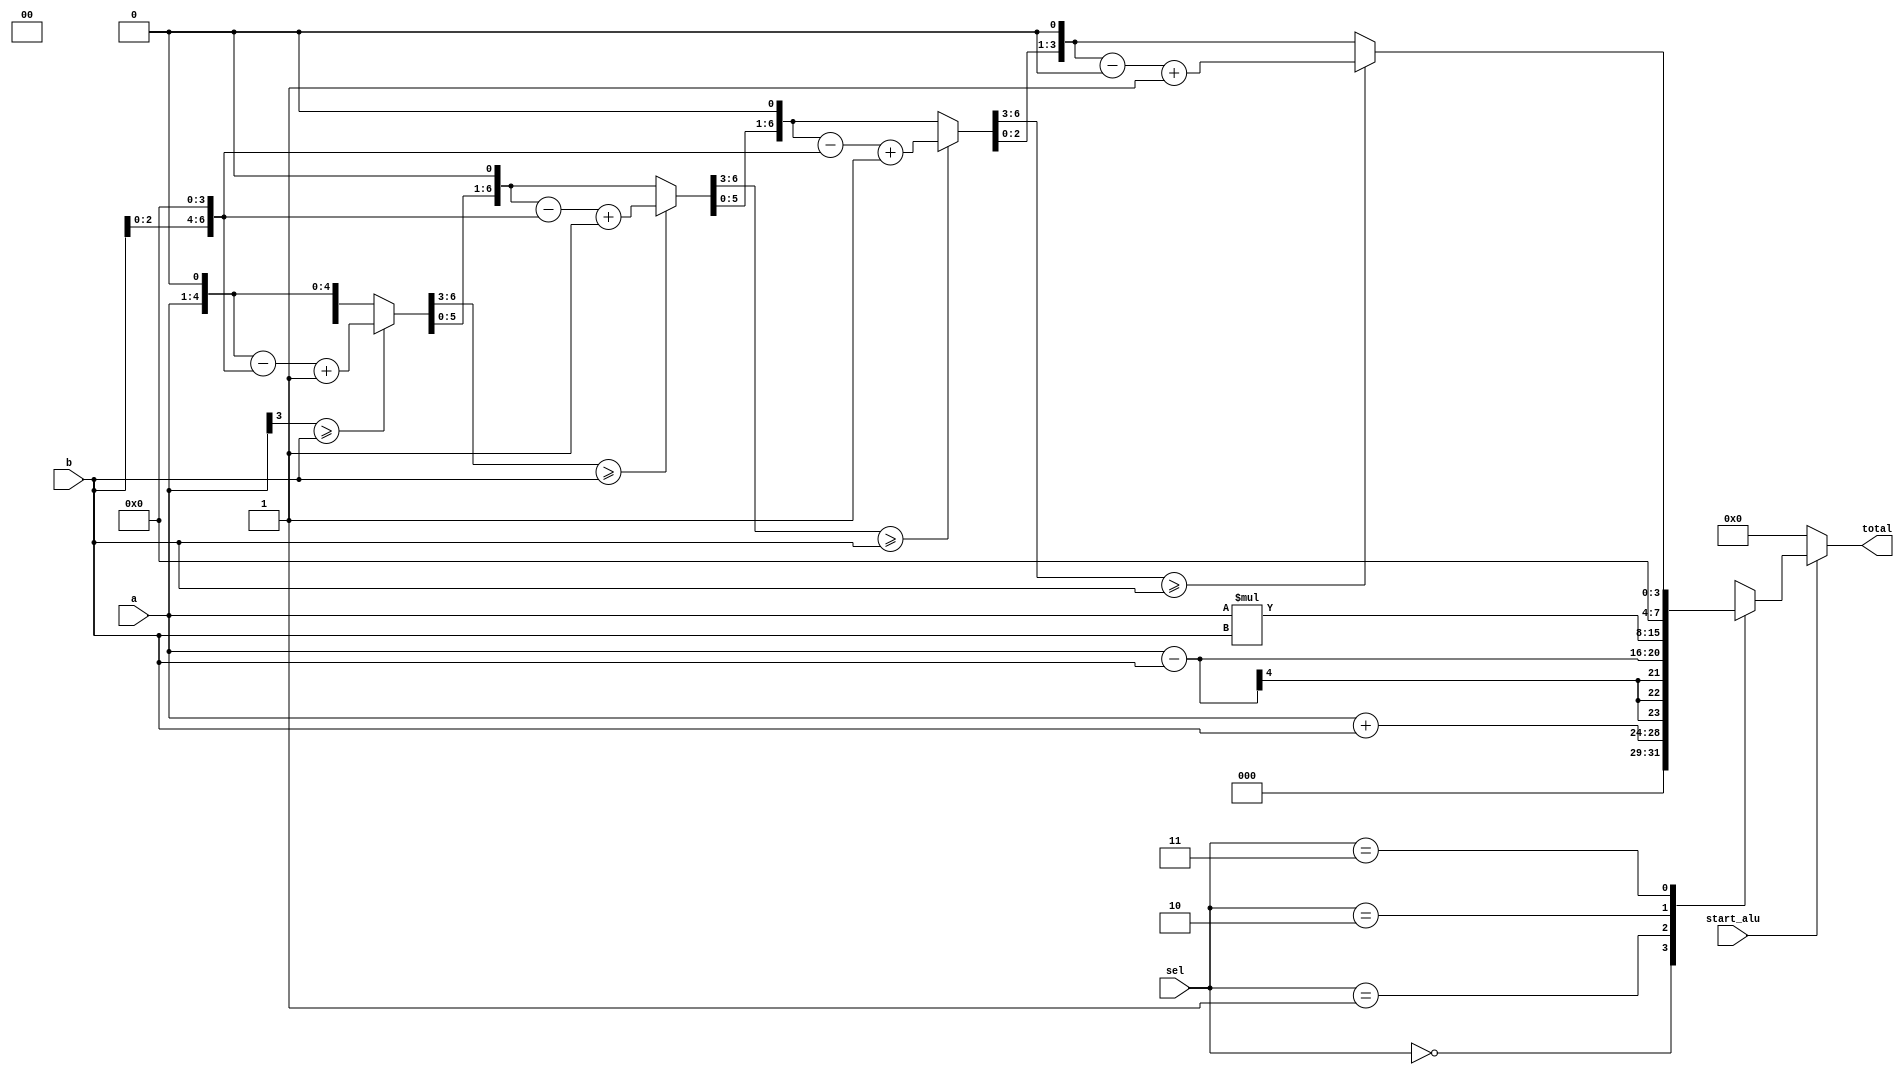
module ALU(total, start_alu, a, b, sel);

//ALU
output reg[7:0] total; 
input [3:0] a, b;
input [1:0] sel;
input start_alu;

reg [3:0]tempa, tempb;
reg [7:0]tempa1, tempb1;
reg [7:0]temp_total;
integer i;

always@(a or b)
begin 
    tempa <= a;
    tempb <= b;
end

always@(tempa or tempb or sel)
begin
    if (!start_alu)
    begin
        total = 8'd0;
        temp_total = 8'd0;
    end
    else
    begin
        case(sel)
            2'b00:  total = tempa+tempb;     
            2'b01:  total = tempa-tempb;
            2'b10:  total = tempa*tempb;
            //2'b11:    total = tempa/tempb;
            2'b11:
            begin
                tempa1 = {4'h0, tempa};
                tempb1 = {tempb, 4'h0};
                for (i=0; i<4; i=i+1)
                begin   
                    tempa1 = {tempa1[6:0], 1'b0};
                    if(tempa1[7:4] >= tempb)
                        tempa1 = tempa1 - tempb1 + 1'b1;
                    else
                        tempa1 = tempa1;
                end
                total  = {4'h0, tempa1[3:0]};
            end
            //default:  total <= 'd0;
            
        endcase
    end
        
end 

endmodule